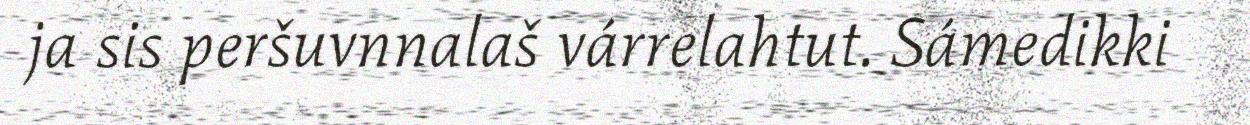
ja sis peršuvnnalaš várrelahtut. Sámedikki